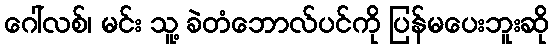
ဂေါ်လစ်၊ မင်း သူ့ ခဲတံဘောလ်ပင်ကို ပြန်မပေးဘူးဆို